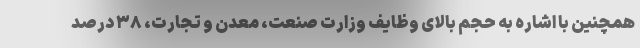
همچنین با اشاره به حجم بالای وظایف وزارت صنعت، معدن و تجارت، ۳۸ درصد